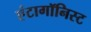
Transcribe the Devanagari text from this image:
एंटागॉनिस्ट